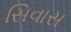
સિવાસ